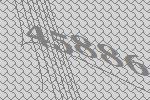
45886